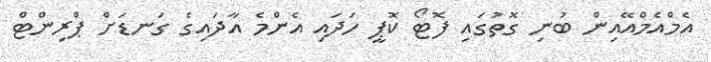
އެމްއެމްއޭއިން ބުނި ގޮތުގައި ފޮޓޯ ކޮޕީ ހަދައި އެންމެ އާދައިގެ ގަނޑަށް ޕްރިންޓް